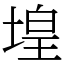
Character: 堭